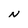
Character: N